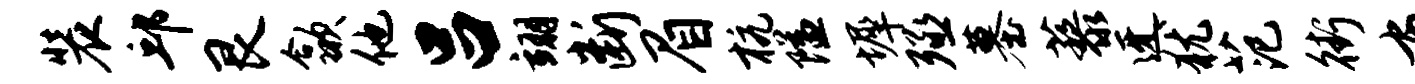
装邱艮歙他吕翊断眉杭隘墀殛墓藜迓犹范街布